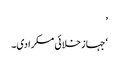
’
‘جہاز خلائی مسکرا دی۔